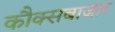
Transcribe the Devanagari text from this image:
कौक्सबाजार